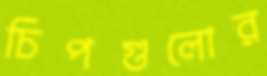
চিপগুলোর